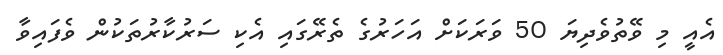
އެއީ މި ވޭތުވެދިޔަ 50 ވަރަކަށް އަހަރުގެ ތެރޭގައި އެކި ސަރުކާރުތަކުން ވެފައިވާ